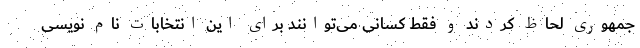
جمهوری لحاظ کردند و فقط کسانی می‌توانند برای این انتخابات نام نویسی